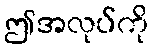
ဤအလုပ်ကို